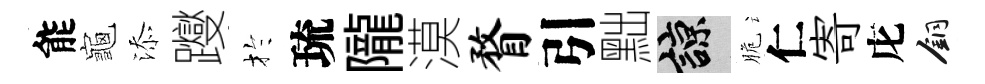
能龜添躞扵琉隴漠瞀引黜諒脆仁寄庀銅